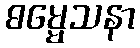
ဓမ္မေသနာ